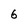
Character: 6